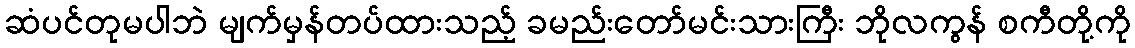
ဆံပင်တုမပါဘဲ မျက်မှန်တပ်ထားသည့် ခမည်းတော်မင်းသားကြီး ဘိုလကွန် စကီတို့ကို